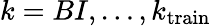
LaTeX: k=BI,\ldots,k_{\mathrm{train}}